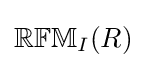
\mathbb {RFM} _{I}(R)